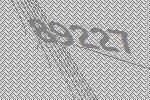
89227